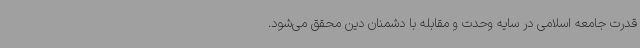
قدرت جامعه اسلامی در سایه وحدت و مقابله با دشمنان دین محقق می‌شود.